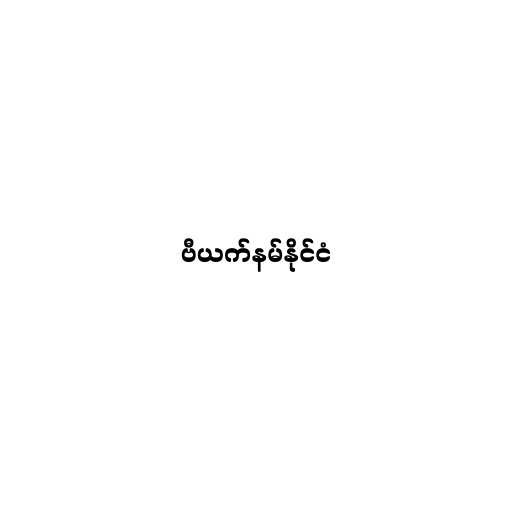
ဗီယက်နမ်နိုင်ငံ